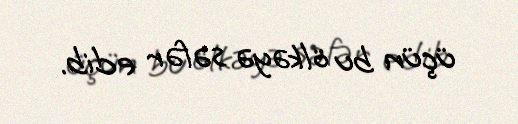
üçün bu ölkəyə səfər edib.